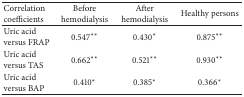
<table><thead><tr><td><b>Correlation coefficients</b></td><td><b>Before hemodialysis</b></td><td><b>After hemodialysis</b></td><td><b>Healthy persons</b></td></tr></thead><tbody><tr><td>Uric acid versus FRAP</td><td>0.547**</td><td>0.430*</td><td>0.875**</td></tr><tr><td>Uric acid versus TAS</td><td>0.662**</td><td>0.521**</td><td>0.930**</td></tr><tr><td>Uric acid versus BAP</td><td>0.410*</td><td>0.385*</td><td>0.366*</td></tr></tbody></table>